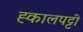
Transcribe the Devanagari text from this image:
ह्कालपट्टी